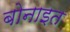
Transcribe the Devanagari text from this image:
बोनाइत